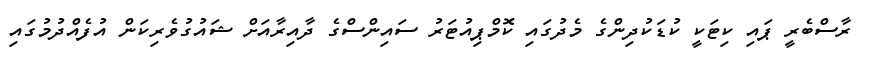
ރާސްބެރީ ޕައި ކިޓަކީ ކުޑަކުދިންގެ މެދުގައި ކޮމްޕިއުޓަރު ސައިންސްގެ ދާއިރާއަށް ޝައުގުވެރިކަން އުފެއްދުމުގައި